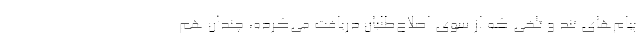
پیام‌های تند و تلخی که از سوی اصلاح‌طلبان دریافت می‌کرده، چندان هم